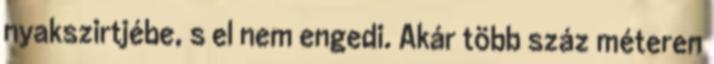
nyakszirtjébe, s el nem engedi. Akár több száz méteren